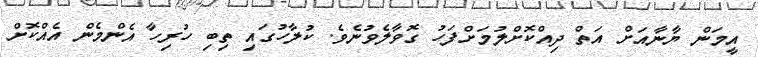
އީމަން ޔާނާއަށް އަތް ދިއްކޮށްލުމަށްފަހު ގޮވާލެވުނެވެ. ކުލާހުގައި ތިބި ހުރިހާ އެންމެން އެއްކޮށް